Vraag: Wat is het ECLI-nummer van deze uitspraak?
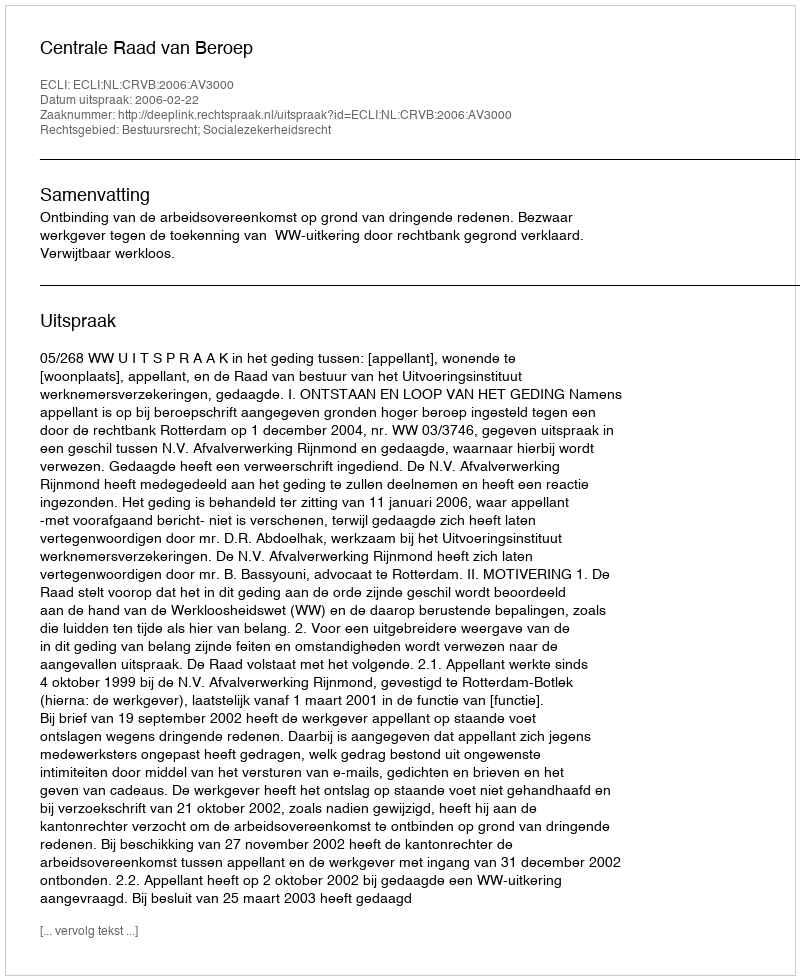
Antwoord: ECLI:NL:CRVB:2006:AV3000